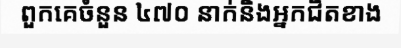
ពួកគេចំនួន ៤៧០ នាក់និងអ្នកជិតខាង